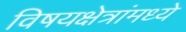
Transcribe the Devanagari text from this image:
विषयक्षेत्रांमध्ये